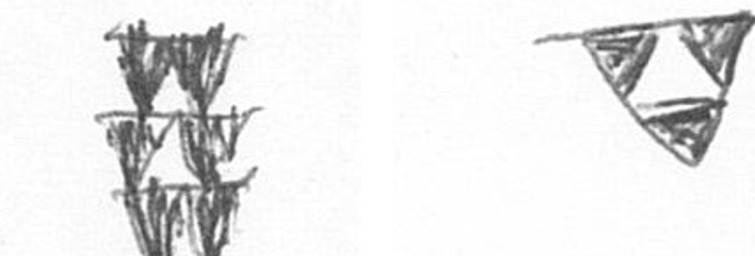
Y S